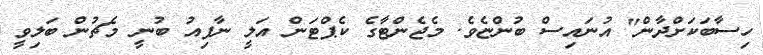
ހިސާބަކަށްދާން" އުނައިސް ބުންޏެވެ. މެޖެންޓާގެ ކެޕްޓަން އަލީ ނާފިއު ބުނީ މެޗުން ބަލިވީ